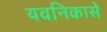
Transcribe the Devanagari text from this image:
यवनिकासे